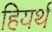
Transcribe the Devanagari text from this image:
हियर्थ